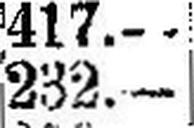
232.—